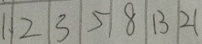
1 \vert 2 \vert 3 \vert 5 \vert 8 \vert 1 3 \vert 2 1